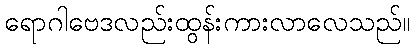
ရောဂါဗေဒလည်းထွန်းကားလာလေသည်။